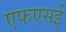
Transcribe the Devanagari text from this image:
एफएसई